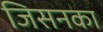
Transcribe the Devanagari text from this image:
जिसनका